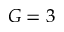
G = 3